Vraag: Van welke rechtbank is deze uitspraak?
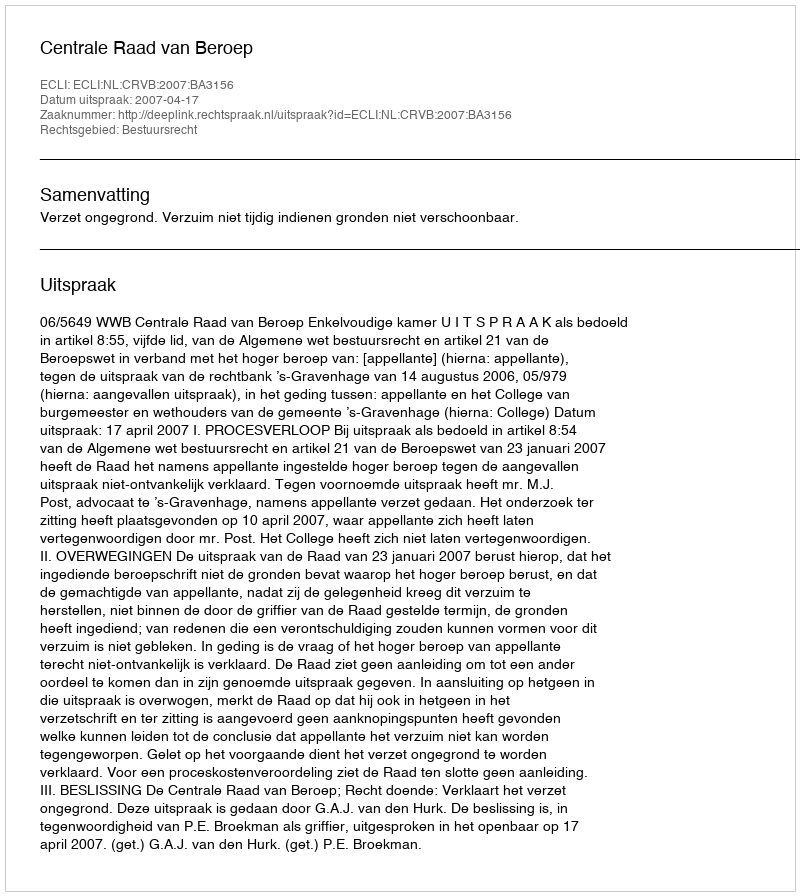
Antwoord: Centrale Raad van Beroep